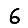
Digit: 6